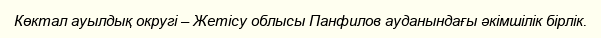
Көктал ауылдық округі – Жетісу облысы Панфилов ауданындағы әкімшілік бірлік.